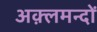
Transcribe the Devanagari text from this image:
अक़्लमन्दों